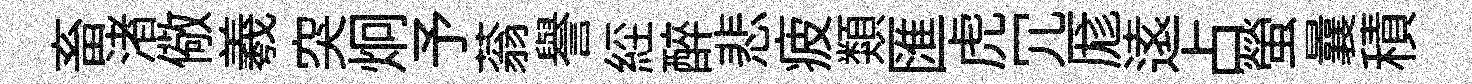
畜渚儆羲突炯予蓊譽𦀇醉悲疲類匯虎冗厖逺占螢曩積